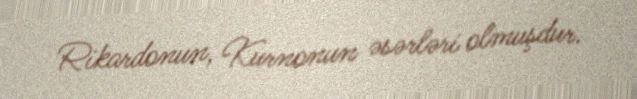
Rikardonun, Kurnonun əsərləri olmuşdur.